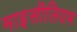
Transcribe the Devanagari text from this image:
माइसीलियम